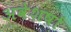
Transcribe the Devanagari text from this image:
अवेशषों